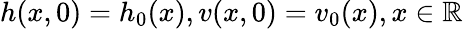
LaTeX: h(x,0)=h_{0}(x),v(x,0)=v_{0}(x),x\in\mathbb{R}